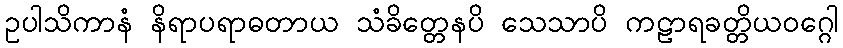
ဥပါသိကာနံ နိရာပရာဓတာယ သံခိတ္တေနပိ သေသာပိ ကဠာရခတ္တိယဝဂ္ဂေါ